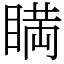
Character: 𥈞